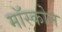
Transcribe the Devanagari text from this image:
मॉस्कोन